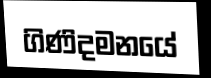
ගිණිදමනයේ